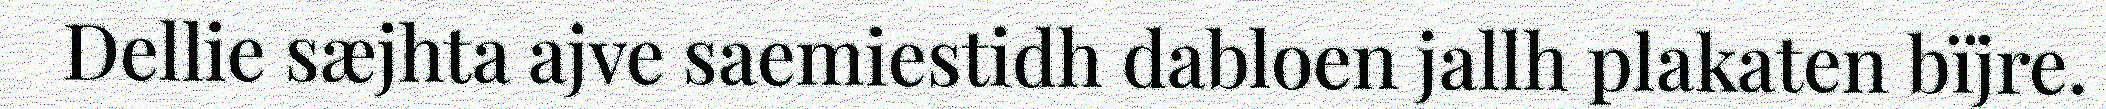
Dellie sæjhta ajve saemiestidh dabloen jallh plakaten bïjre.